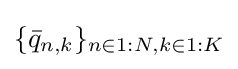
\{{\bar {q}}_{n,k}\}_{n\in 1:N,k\in 1:K}